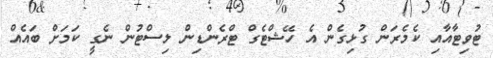
ޓުވިޓާއާއި ކެމެރަން ގުޅިގެން އެ ހޭޝްޓެގް ޓްރެންޑިން ލިސްޓުން ނެގީ ކަމަށް ބައެއް